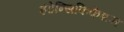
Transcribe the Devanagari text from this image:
इंटेन्सिफिकेशन